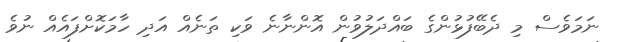
ނަމަވެސް މި ދެބޭފުޅުންގެ ބައްދަލުވުން އޮންނާނެ ވަކި ތަނެއް އަދި ހާމަކޮށްފައެއް ނުވެ